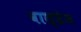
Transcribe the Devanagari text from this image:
वाल्डेज